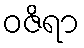
ဝဇိရာ